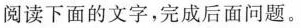
阅读下面的文字，完成后面问题。